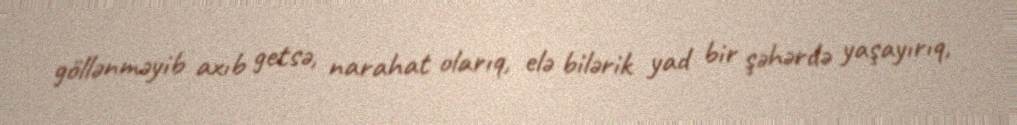
göllənməyib axıb getsə, narahat olarıq, elə bilərik yad bir şəhərdə yaşayırıq,